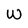
Character: W